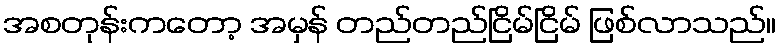
အစတုန်းကတော့ အမှန် တည်တည်ငြိမ်ငြိမ် ဖြစ်လာသည်။